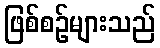
ဖြစ်စဉ်များသည်